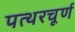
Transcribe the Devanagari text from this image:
पत्थरचूर्ण